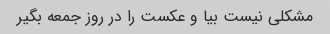
مشکلی نیست بیا و عکست را در روز جمعه بگیر